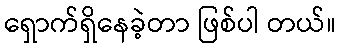
ရှောက်ရှိနေခဲ့တာ ဖြစ်ပါ တယ်။